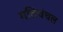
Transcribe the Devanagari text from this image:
गतिचंचल